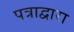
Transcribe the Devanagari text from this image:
पत्राद्वारा